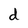
Character: d